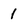
Character: 1